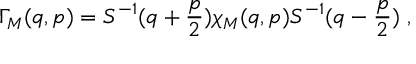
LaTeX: \Gamma _ { \cal M } ( q , p ) = S ^ { - 1 } ( q + \frac { p } { 2 } ) \chi _ { \cal M } ( q , p ) S ^ { - 1 } ( q - \frac { p } { 2 } ) ~ ,